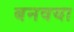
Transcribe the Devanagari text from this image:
बनवया